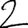
Digit: 2